Vaccination in Bombay 1856-1862 - 1856-1862
Year: 1856
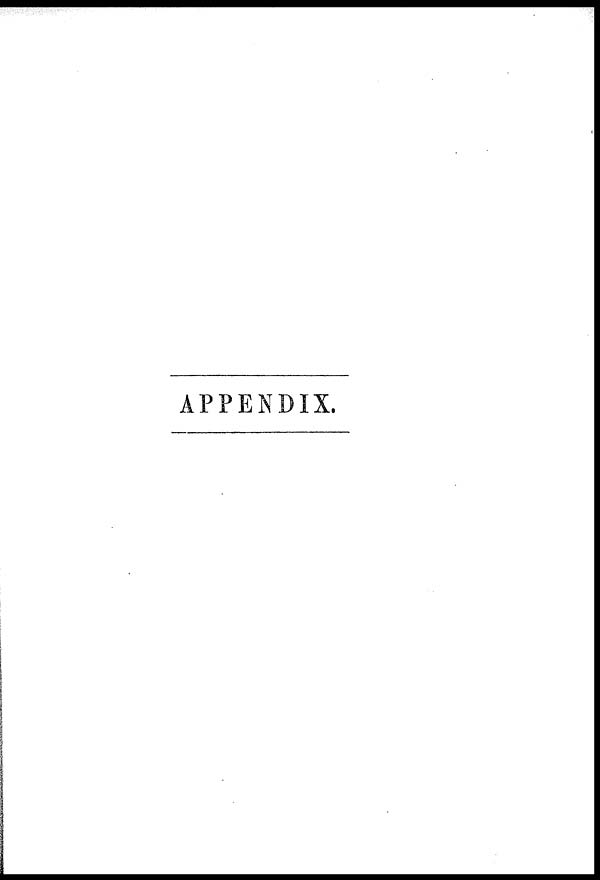
APPENDIX.